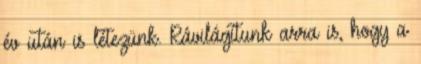
év után is létezünk. Rávilágítunk arra is, hogy a